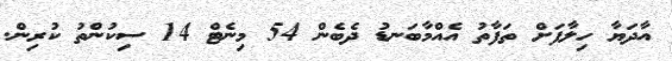
އާދަޔާ ހިލާފަށް ތަފާތު އެއްމާބަނޑު ދެބެން 54 މިނެޓް 14 ސިކުންތު ކުރިން.